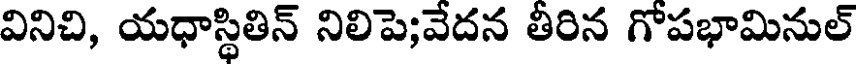
వినిచి, యధాస్థితిన్ నిలిపె;వేదన తీరిన గోపభామినుల్